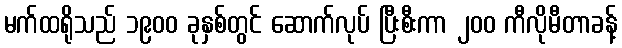
မက်ထရိုသည် ၁၉၀၀ ခုနှစ်တွင် ဆောက်လုပ် ပြီးစီးကာ ၂၀၀ ကီလိုမီတာခန့်